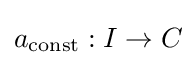
a_{\textrm {const}}:I\to C